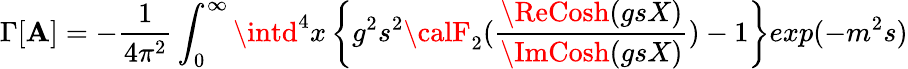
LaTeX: \Gamma[\mathbf{A}]=-\frac{{1}}{{4\pi^{2}}}\int_{0}^{\infty}\intd^{4}x\left\{ g^{2}s^{2}{\calF}_{2}(\frac{{\ReCosh(gsX)}}{{\ImCosh(gsX)}})-1\right\} exp(-m^{2}s)